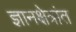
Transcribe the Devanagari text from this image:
ज्ञानक्षेत्रांत